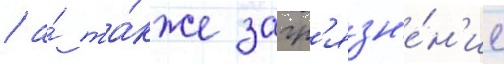
/ а́ та́кже загр'язн'е́н'ие